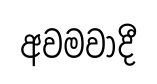
අවමවාදී